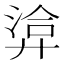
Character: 𢍡